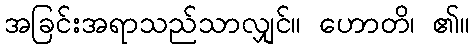
အခြင်းအရာသည်သာလျှင်။ ဟောတိ၊ ၏။